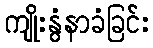
ကျိုးနွံနာခံခြင်း